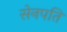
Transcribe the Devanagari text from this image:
सेनपति